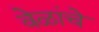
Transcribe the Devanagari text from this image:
वेळांचे